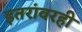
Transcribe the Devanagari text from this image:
इतरांवरही